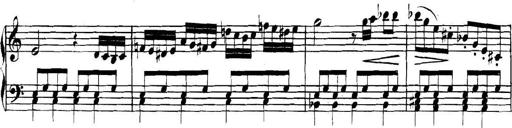
Title: Collected Piano Sonatas
Composer: Muzio Clementi